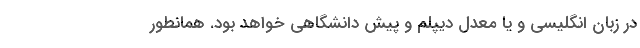
در زبان انگلیسی و یا معدل دیپلم و پیش دانشگاهی خواهد بود. همانطور